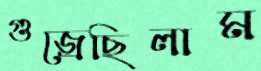
গুজ্‌রেছিলাম